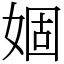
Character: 婟